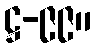
ဋ္ဌ-၉၉။